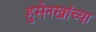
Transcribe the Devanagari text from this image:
हुसेनखांच्या